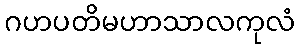
ဂဟပတိမဟာသာလကုလံ